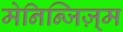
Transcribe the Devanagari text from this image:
मेनिन्जिज़्म